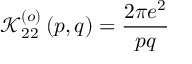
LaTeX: \mathcal { K } _ { 2 2 } ^ { \left( o \right) } \left( p , q \right) = \frac { 2 \pi e ^ { 2 } } { p q }